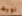
نوبة